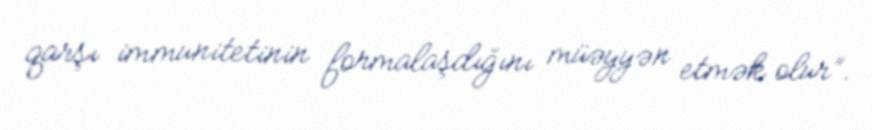
qarşı immunitetinin formalaşdığını müəyyən etmək olur”.